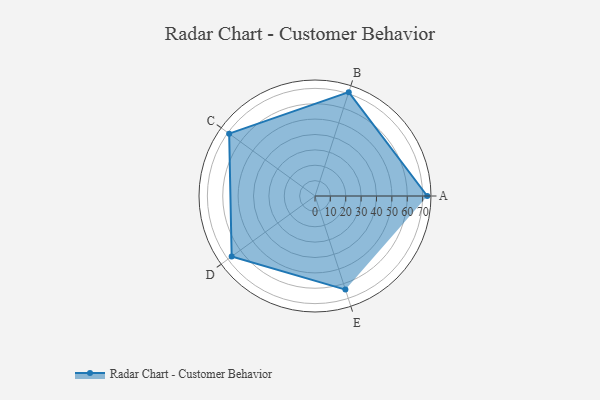
{"axis": {"x": "Skill", "y": "Score"}, "legend": ["Profile"], "data": [{"x": "A", "y": 73.0, "type": "Profile"}, {"x": "B", "y": 71.0, "type": "Profile"}, {"x": "C", "y": 69.0, "type": "Profile"}, {"x": "D", "y": 67.0, "type": "Profile"}, {"x": "E", "y": 64.0, "type": "Profile"}]}